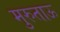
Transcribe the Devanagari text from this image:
मुरुताऊ